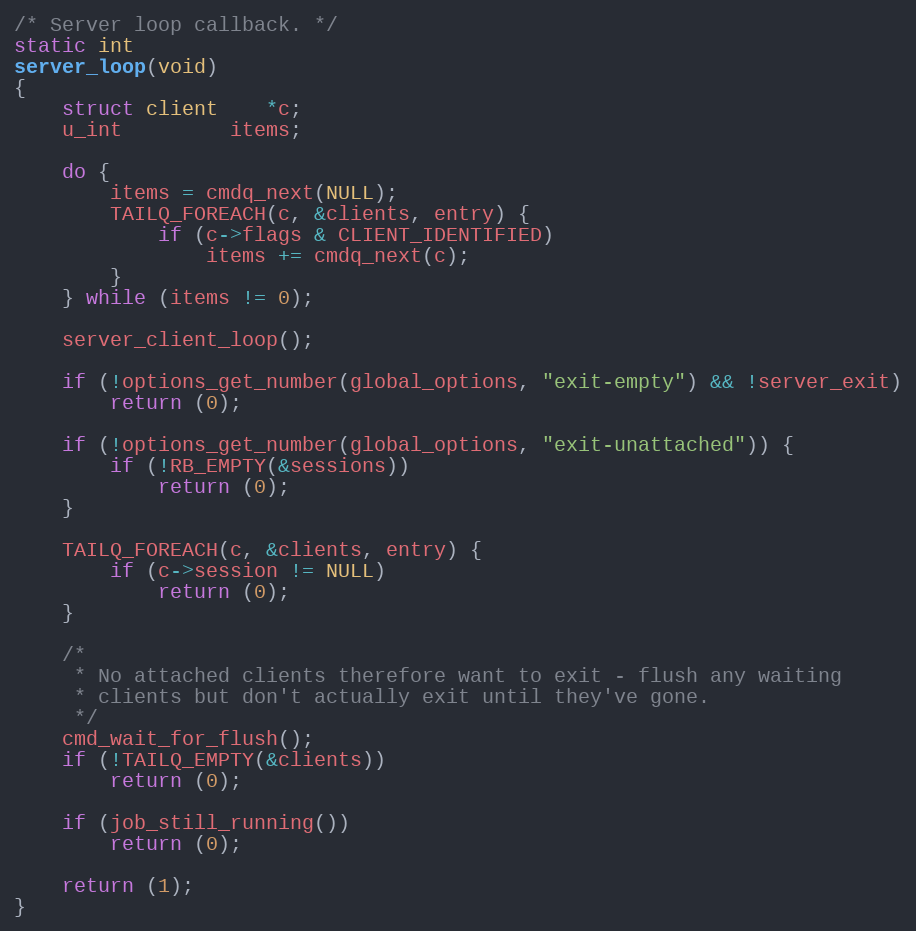
Language: C
/* Server loop callback. */
static int
server_loop(void)
{
	struct client	*c;
	u_int		 items;

	do {
		items = cmdq_next(NULL);
		TAILQ_FOREACH(c, &clients, entry) {
			if (c->flags & CLIENT_IDENTIFIED)
				items += cmdq_next(c);
		}
	} while (items != 0);

	server_client_loop();

	if (!options_get_number(global_options, "exit-empty") && !server_exit)
		return (0);

	if (!options_get_number(global_options, "exit-unattached")) {
		if (!RB_EMPTY(&sessions))
			return (0);
	}

	TAILQ_FOREACH(c, &clients, entry) {
		if (c->session != NULL)
			return (0);
	}

	/*
	 * No attached clients therefore want to exit - flush any waiting
	 * clients but don't actually exit until they've gone.
	 */
	cmd_wait_for_flush();
	if (!TAILQ_EMPTY(&clients))
		return (0);

	if (job_still_running())
		return (0);

	return (1);
}